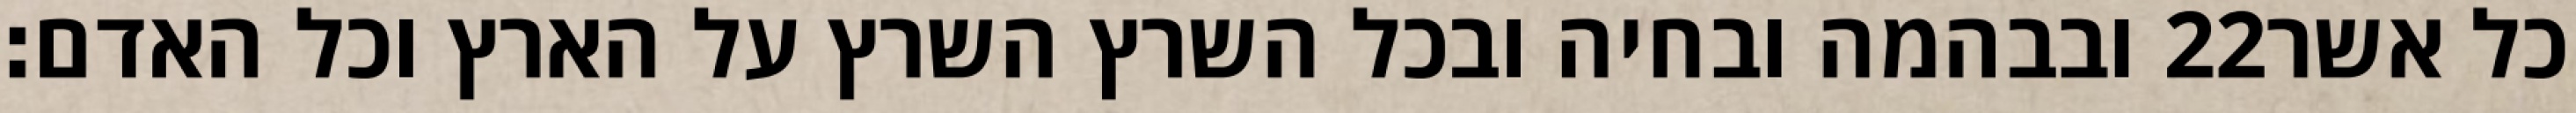
ובבהמה ובחיה ובכל השרץ השרץ על הארץ וכל האדם׃ ‎22‏ כל אשר